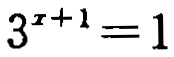
\(3^{x + 1} = 1\)